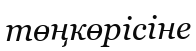
төңкөрісіне